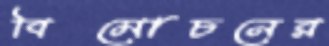
বিমোচনের